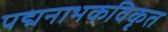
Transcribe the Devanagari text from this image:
पद्मनाभकविकृत